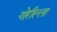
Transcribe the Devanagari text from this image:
गोरील्ला